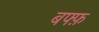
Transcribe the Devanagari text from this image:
बफ्फ़